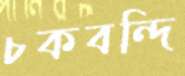
চকবন্দি